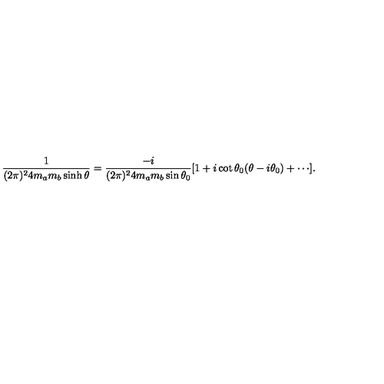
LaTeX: \frac { 1 } { ( 2 \pi ) ^ { 2 } 4 m _ { a } m _ { b } \sinh \theta } \nonumber = \frac { - i } { ( 2 \pi ) ^ { 2 } 4 m _ { a } m _ { b } \sin \theta _ { 0 } } [ 1 + i \cot \theta _ { 0 } ( \theta - i \theta _ { 0 } ) + \cdots ] .